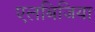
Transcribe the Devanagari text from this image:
एलबिजिया